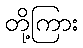
တို့ကြား